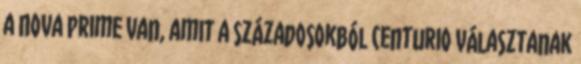
a Nova Prime van, amit a századosokból centurio választanak